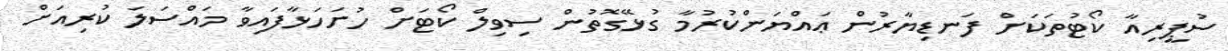
ސުޕީރިއާ ކޯޓުތަކަށް ފަނޑިޔާރުން ޢައްޔަންކުރުމާ ގުޅޭގޮތުން ސިވިލް ކޯޓަށް ހުށަހަޅާފައިވާ މައްސަލަ ކުރިއަށް